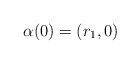
\begin{align*}\alpha(0) = (r_1,0)\end{align*}